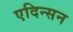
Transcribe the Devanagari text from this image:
एदिन्सन